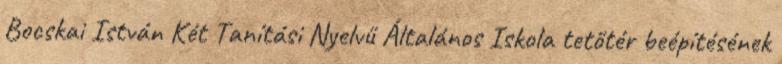
Bocskai István Két Tanítási Nyelvű Általános Iskola tetőtér beépítésének